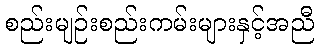
စည်းမျဉ်းစည်းကမ်းများနှင့်အညီ